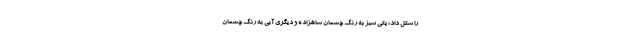
را شکل داد؛ یکی سبز به رنگ چشمان شاهزاده و دیگری آبی به رنگ چشمان